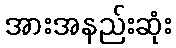
အားအနည်းဆုံး